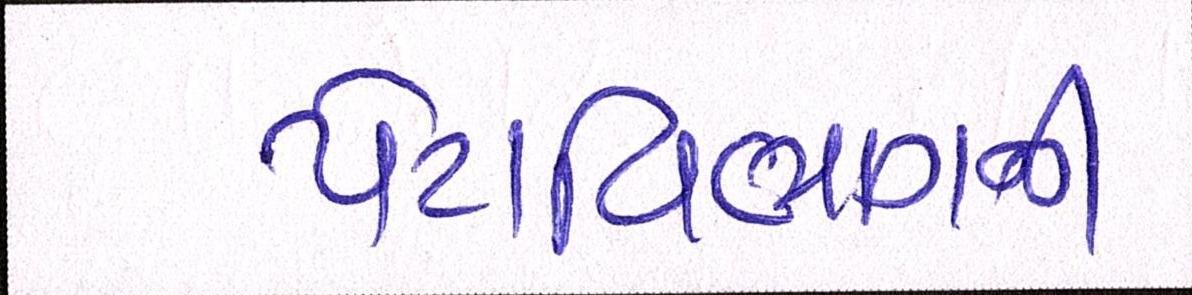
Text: પેટાવિભાગની